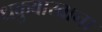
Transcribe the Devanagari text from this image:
धकुवाखाना